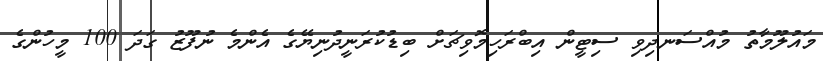
މައުލޫމާތު މުއްސަނދިވި ސިޓީން އިބްރަހިމޮވިޗަށް ބިޑުކުރަނީދުނިޔޭގެ އެންމެ ނުފޫޒު ގަދަ 100 މީހުންގެ